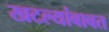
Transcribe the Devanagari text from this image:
खटल्यांबाबत